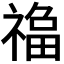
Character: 𱵦